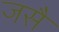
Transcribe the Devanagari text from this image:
जसै